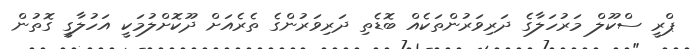
ޕްރީ ސްކޫލް މަރުހަލާގެ ދަރިވަރުންތަކެއް ބޮޑެތި ދަރިވަރުންގެ ތެރެއަށް ދޫކޮށްލުމަކީ އަހުލާގީ ގޮތުން